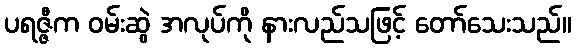
ပရဇ္ဇီက ဝမ်းဆွဲ အလုပ်ကို နားလည်သဖြင့် တော်သေးသည်။